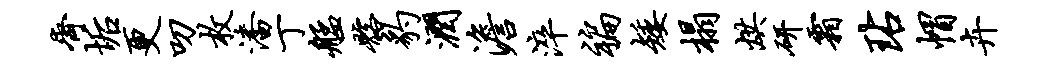
齐垢更叨枚潘丁艋髂豹润澹淬褊矮榻烘研霜玷帽卉